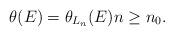
LaTeX: \begin{align*} \theta(E)=\theta_{L_n}(E) n\geq n_0.\end{align*}